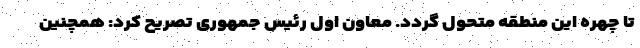
تا چهره این منطقه متحول گردد. معاون اول رئیس جمهوری تصریح کرد: همچنین